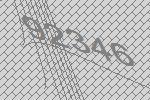
92346